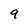
Character: 9